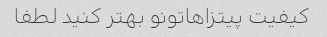
کیفیت پیتزاهاتونو بهتر کنید لطفا